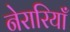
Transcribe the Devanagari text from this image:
नेरारियाँ